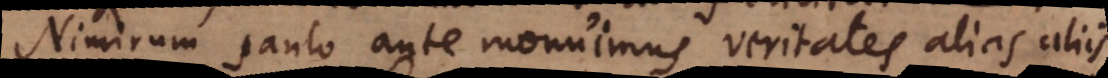
Nimirum paulo ante monuimus veritates alias aliis